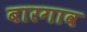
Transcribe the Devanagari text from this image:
बारगाव